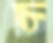
চ